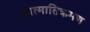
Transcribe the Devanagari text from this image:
आत्मातिक्रमण